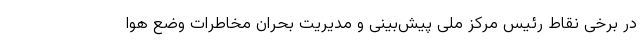
در برخی نقاط رئیس مرکز ملی پیش‌بینی و مدیریت بحران مخاطرات وضع هوا